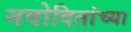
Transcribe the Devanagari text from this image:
नवोदितांच्या